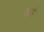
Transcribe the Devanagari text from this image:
बुर्घ्स